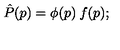
\hat { P } ( p ) = \phi ( p ) \: f ( p ) ;